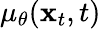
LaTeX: \mu_{\theta}(\mathbf{x}_{t},t)